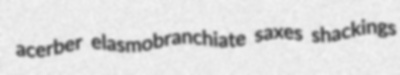
acerber elasmobranchiate saxes shackings